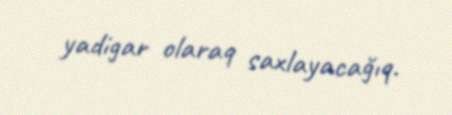
yadigar olaraq saxlayacağıq.